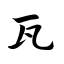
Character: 瓦